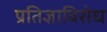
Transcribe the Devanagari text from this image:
प्रतिज्ञाविरोध